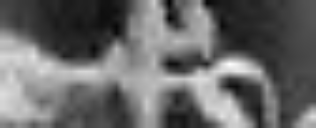
pro